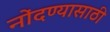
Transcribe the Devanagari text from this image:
नोंदण्यासाठी